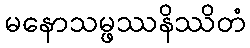
မနောသမ္ဖဿနိဿိတံ